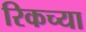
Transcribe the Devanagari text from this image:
रिकच्या